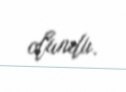
olundu.